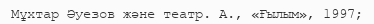
Мұхтар Әуезов және театр. А., «Ғылым», 1997;